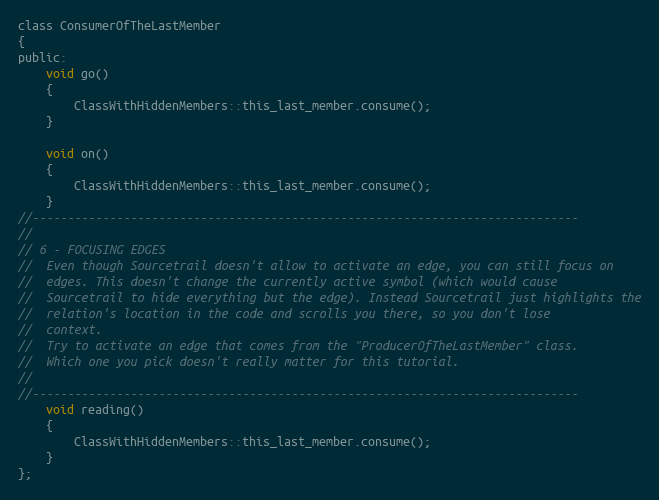
Language: C
class ConsumerOfTheLastMember
{
public:
	void go()
	{
		ClassWithHiddenMembers::this_last_member.consume();
	}

	void on()
	{
		ClassWithHiddenMembers::this_last_member.consume();
	}
//------------------------------------------------------------------------------
//
// 6 - FOCUSING EDGES
//  Even though Sourcetrail doesn't allow to activate an edge, you can still focus on
//  edges. This doesn't change the currently active symbol (which would cause
//  Sourcetrail to hide everything but the edge). Instead Sourcetrail just highlights the
//  relation's location in the code and scrolls you there, so you don't lose
//  context.
//  Try to activate an edge that comes from the "ProducerOfTheLastMember" class.
//  Which one you pick doesn't really matter for this tutorial.
//
//------------------------------------------------------------------------------
	void reading()
	{
		ClassWithHiddenMembers::this_last_member.consume();
	}
};